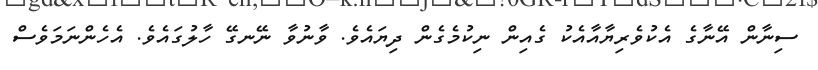
ސިނާން އޭނާގެ އެކުވެރިޔާއާއެކު ގެއިން ނިކުމެގެން ދިޔައެވެ. ވާނުވާ ނޭނގޭ ހާލުގައެވެ. އެހެންނަމަވެސް